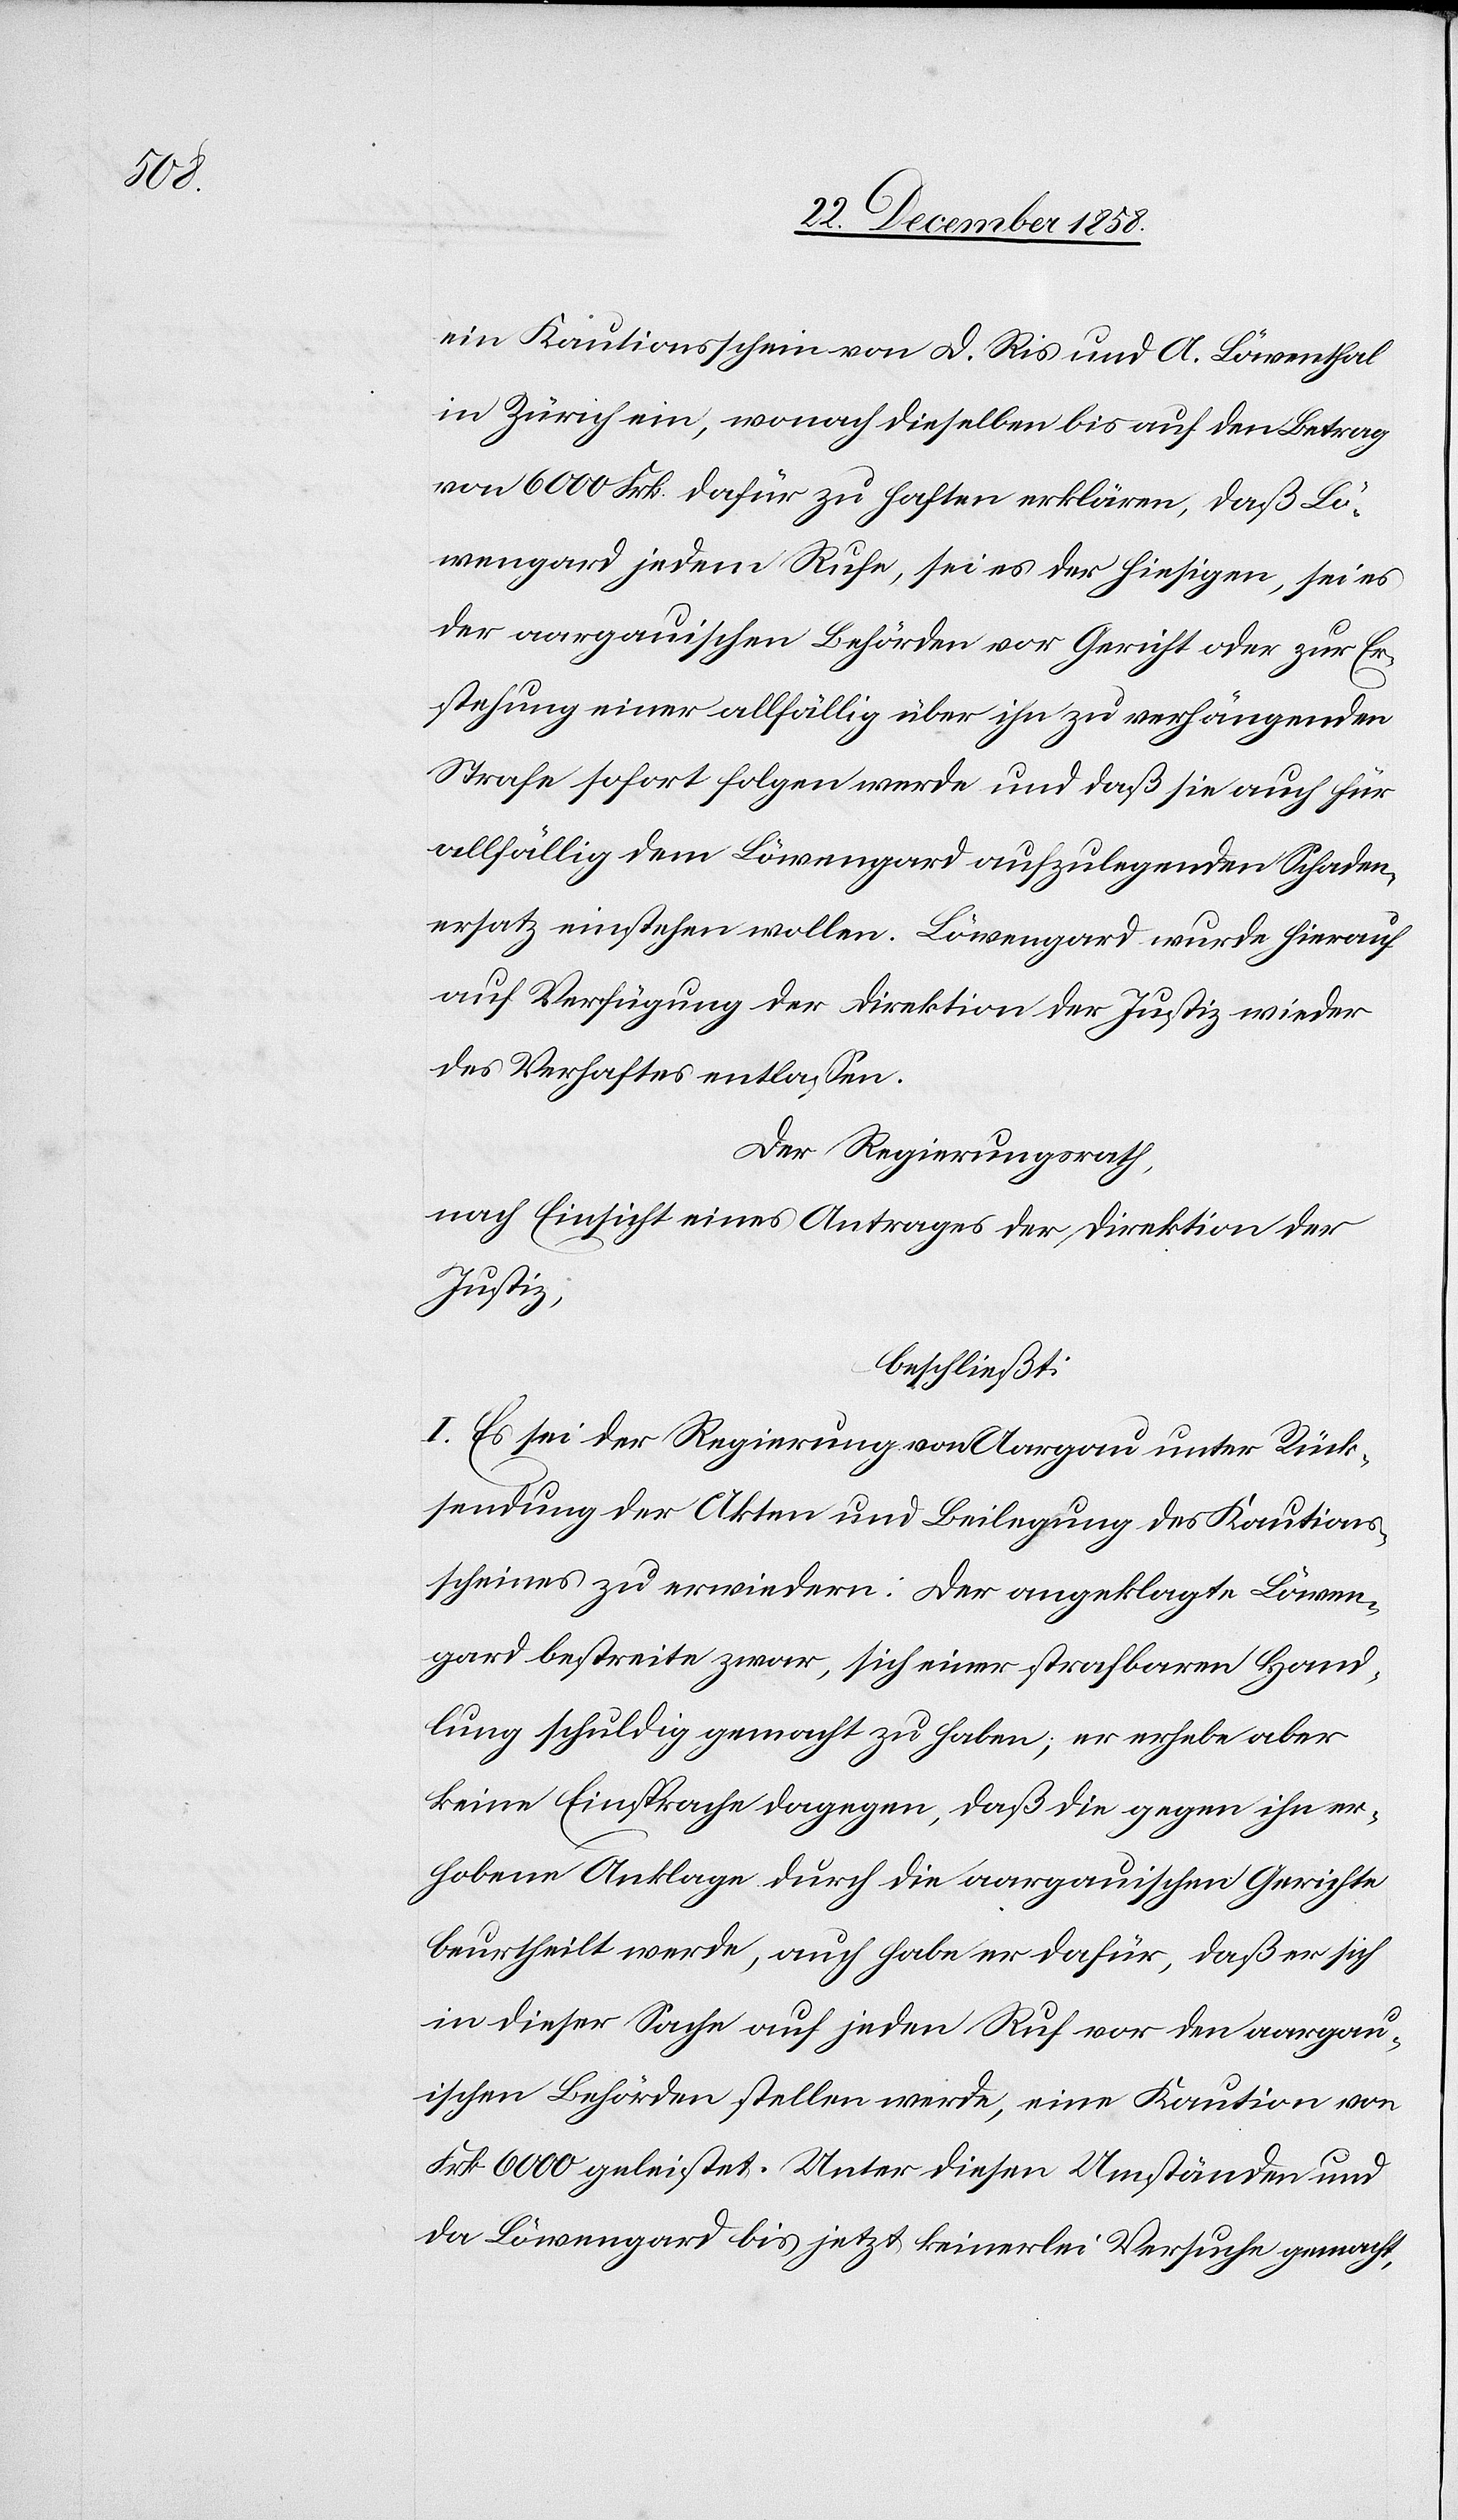
ein Kautionsschein von D. Ris und A. Löwenthal
in Zürich ein, wonach dieselben bis auf den Betrag
von 6000 Frk. dafür zu haften erklären, daß Lö¬
wengard jedem Rufe, sei es der hiesigen, sei es
der aargauischen Behörden vor Gericht oder zur Er¬
stehung einer allfällig über ihn zu verhängenden
Strafe sofort folgen werde und daß sie auch für
allfällig dem Löwengard aufzulegenden Schaden¬
ersatz einstehen wollen. Löwengard wurde hierauf
auf Verfügung der Direktion der Justiz wieder
des Verhaftes entlassen.
Der Regierungsrath,
nach Einsicht eines Antrages der Direktion der
Justiz,
beschließt:
I. Es sei der Regierung von Aargau unter Rück¬
sendung der Akten und Beilegung des Kautions¬
scheines zu erwiedern: Der angeklagte Löwen¬
gard bestreite zwar, sich einer strafbaren Hand¬
lung schuldig gemacht zu haben; er erhebe aber
keine Einsprache dagegen, daß die gegen ihn er¬
hobene Anklage durch die aargauischen Gerichte
beurtheilt werde, auch habe er dafür, daß er sich
in dieser Sache auf jeden Ruf vor den aargau¬
ischen Behörden stellen werde, eine Kaution von
Frk. 6000 geleistet. Unter diesen Umständen und
da Löwengard bis jetzt keinerlei Versuche gemacht,